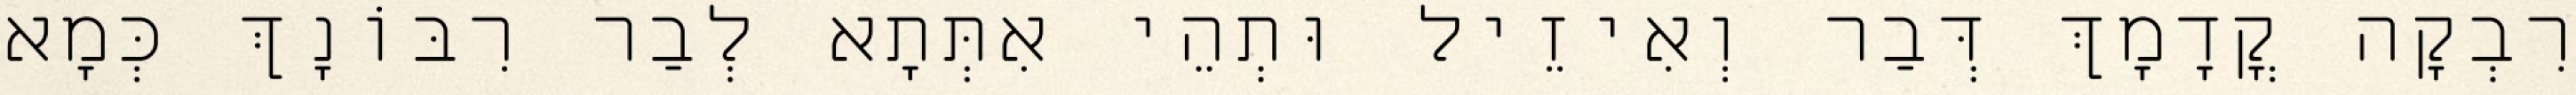
רִבְקָה קֳדָמָךְ דְּבַר וְאִיזֵיל וּתְהֵי אִתְּתָא לְבַר רִבּוֹנָךְ כְּמָא